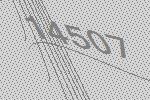
14507